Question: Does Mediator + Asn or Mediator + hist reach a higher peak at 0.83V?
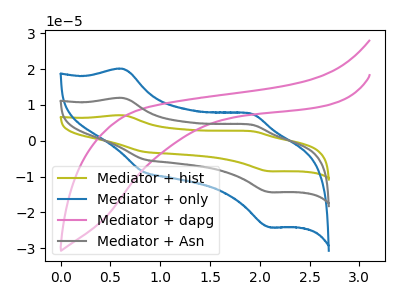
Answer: <think>The olive curve "Mediator + hist" has anodic peaks at (0.65V, 23.80uA) (1.90V, 9.00uA) and cathodic peaks at (0.85V, -10.30uA) (2.10V, -28.70uA). The blue curve "Mediator + only" has anodic peaks at (0.65V, 20.00uA) (1.90V, 7.55uA) and cathodic peaks at (0.85V, -8.65uA) (2.10V, -24.15uA). The pink curve "Mediator + dapg" has no peaks. The gray curve "Mediator + Asn" has anodic peaks at (0.65V, 11.90uA) (1.90V, 4.50uA) and cathodic peaks at (0.85V, -5.15uA) (2.10V, -14.35uA).</think>
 <answer>The peak at 0.83V is lower in "Mediator + Asn" than in "Mediator + hist".</answer>
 <eval>lower</eval>